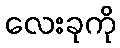
လေးခုကို